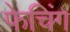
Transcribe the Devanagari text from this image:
फेचिंग